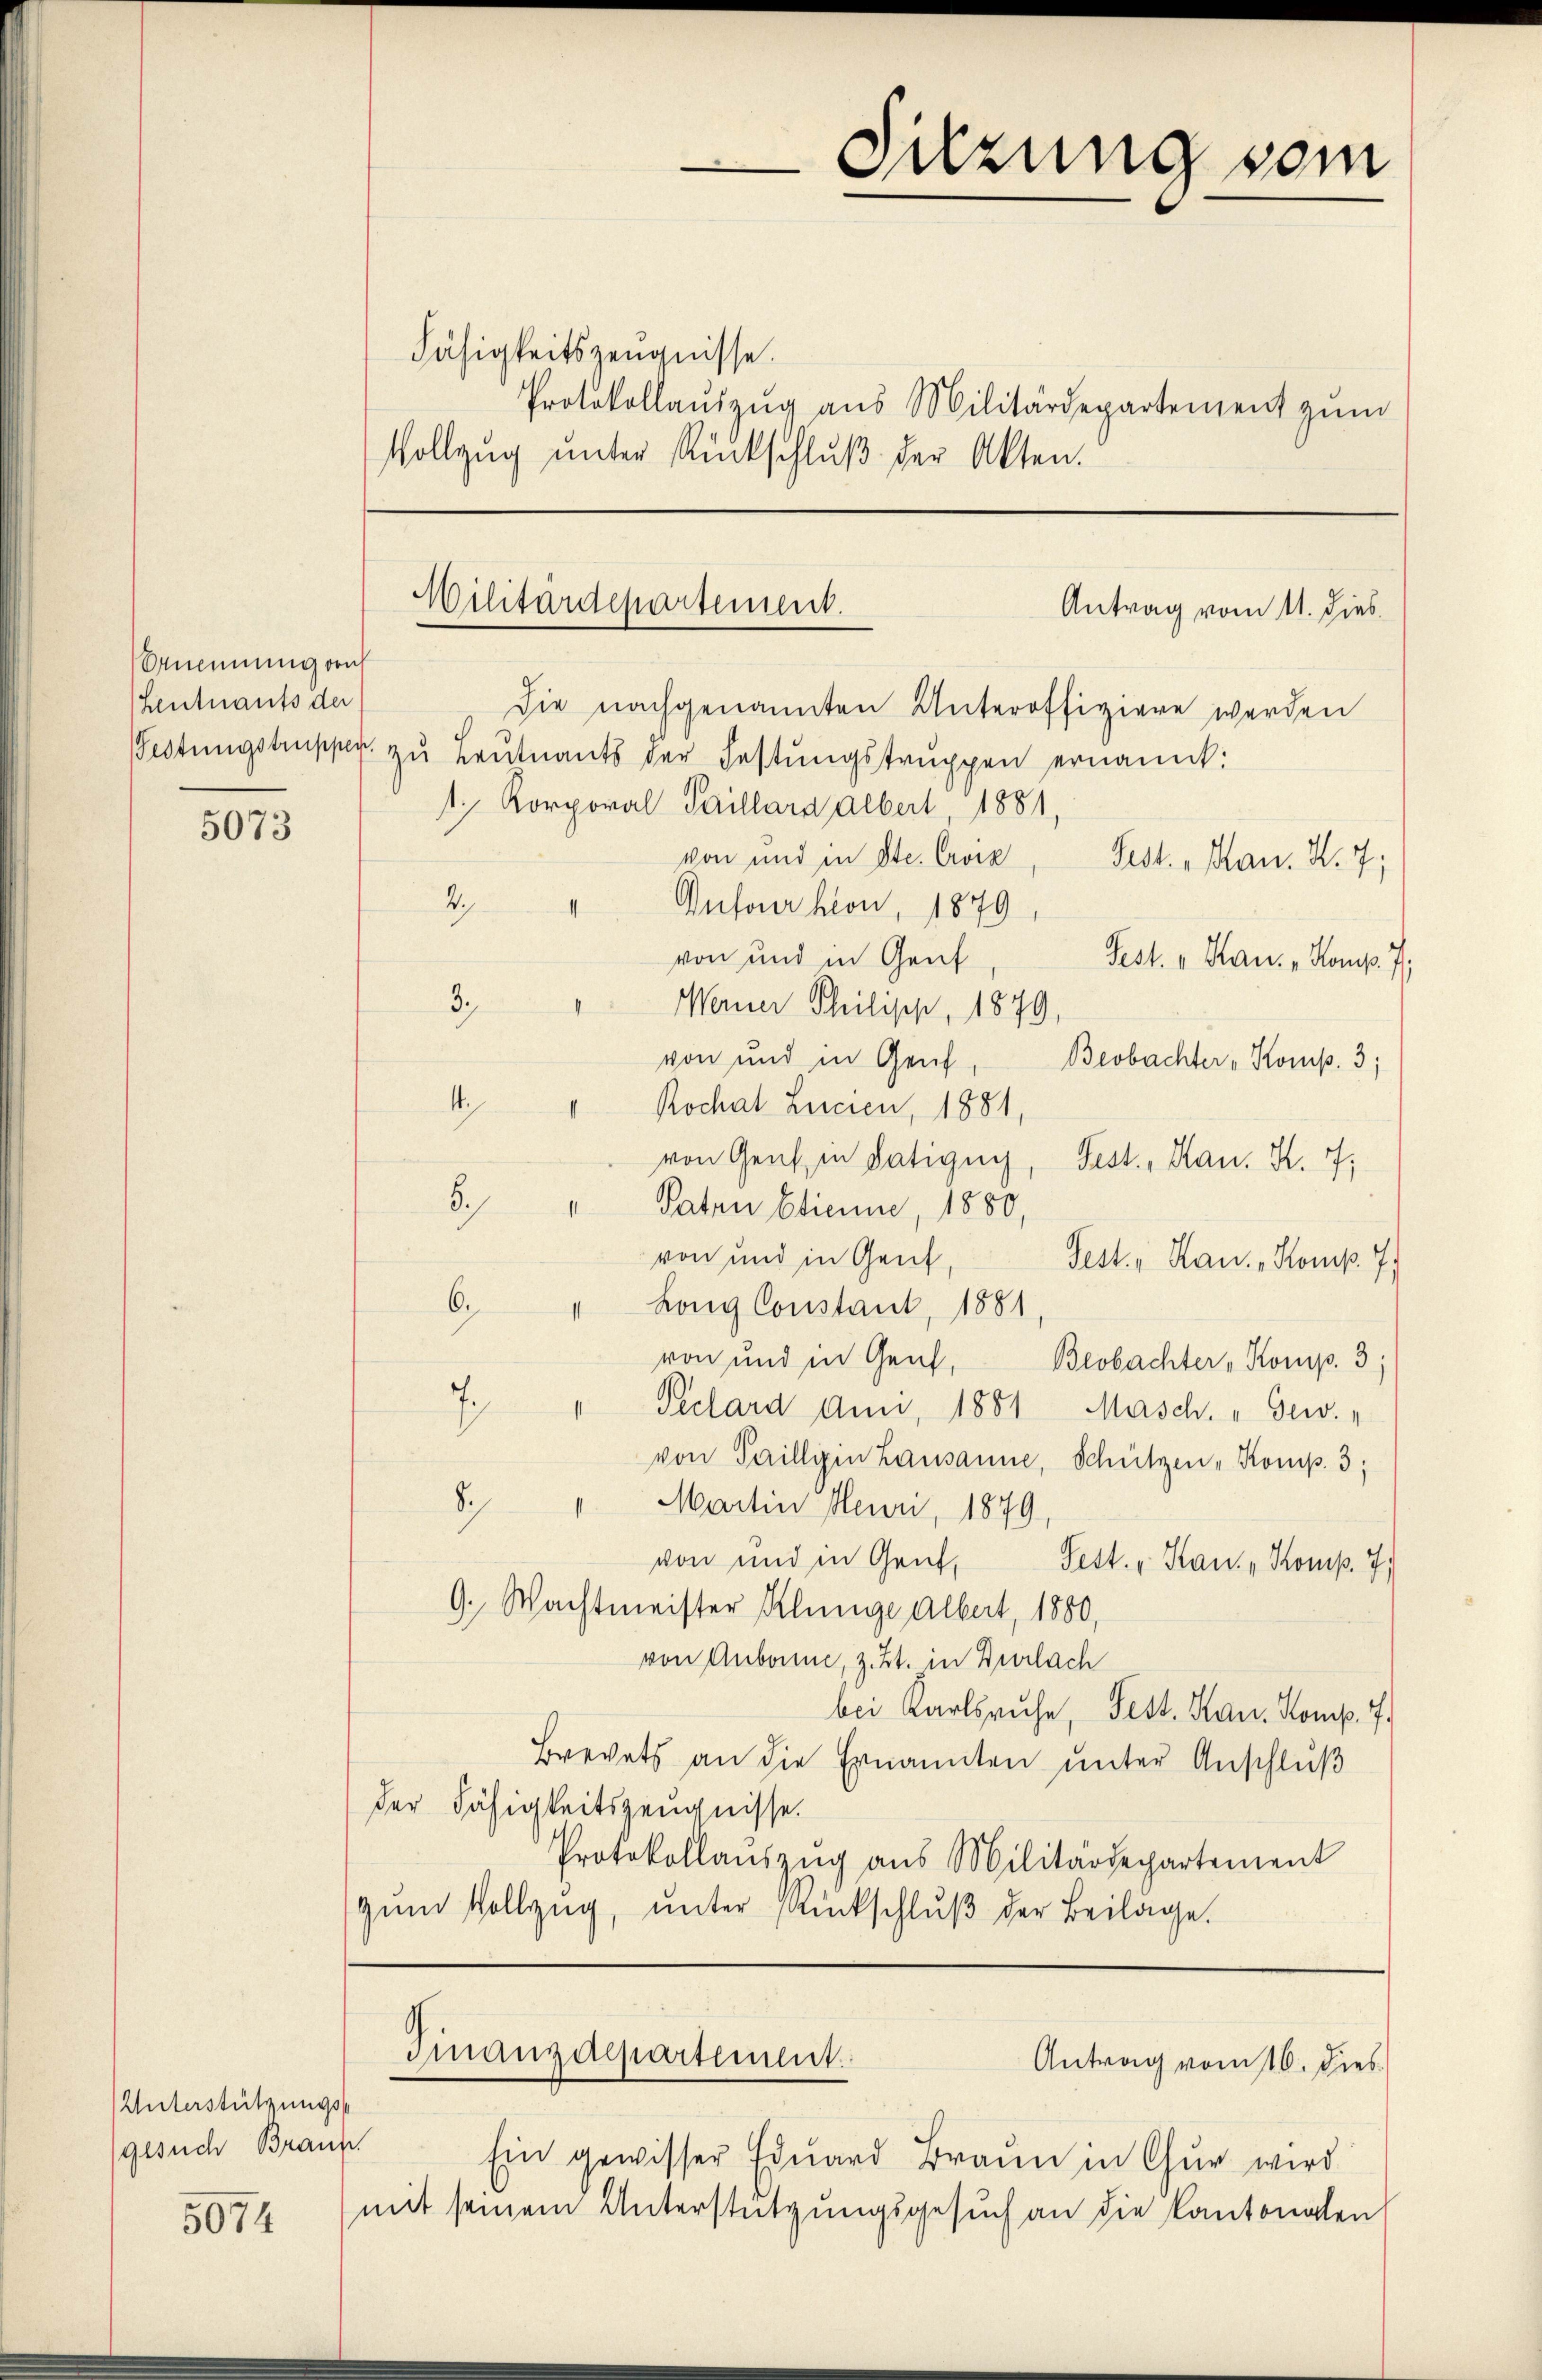
5073

Unterstützungs
gesuch Braun

5074

Die nachgenannten Unteroffiziere werden
Festŭngstrupper. zŭ Leutnants der Festungstruppen ernannt:
1, Korporal Paillard Albert 1881,
von und in Ste. Croix
Fest. „Man. N. 7;
" Dufourhion, 1879
von und in Genf
Fest. v. Hau: „Komp. 7.
Merner Philisch, 1879,
von und in Genf
Beobachter „Komp. 3;
Rochal Luncien, 1881,
von Genf in datigny, Fest., Han. K. 7,
6.)
Paten Etienne, 1880,
von und in Gent,
Fest. „Hau. Komp. 7
6.
Long Constant, 1881
von und in Genf,
Beobachter, Komp. 3
1
" Pechard Ami, 1881 Masch. „Gew.,
1
von Taillig in Lausanne, Schützen, Komp. 3;
Sch
". Martin Meuri, 1879.
von und in Genf,
Fest. - Hau. „Komp. 7.
9., Wachtmeister Klinge Albert, 1880,
von Anbanne, z. Zt. in Burlach
bei Karlsruhe, Fest. Kan. Komp. 7.
Brevets an die Ernannten unter Anschluß
der Fähigkeitszeugnisse.
Protokollauszug aus Militärdepartement
zŭm Vollzŭg, ŭnter Rückschlŭβ der Beilage.

Anennung auf
Leutnants der

Militärdepartement.
Antrag vom 11. dies

2.
3.
4

Sitzung vom

Fähigkeitszeugnisse.
Protokollaŭszŭg aŭs Militärdepartement zŭm
Vollzŭg ŭnter Rückschlŭβ der Akten.

Finanzdepartement.
Antrag vom 16. Dies
.

Ein gewisser Eduard Brann in Chur wird
mit seinem Unterstützungsgesuch an die Kantonalen